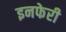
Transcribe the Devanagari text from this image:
इनफेरी